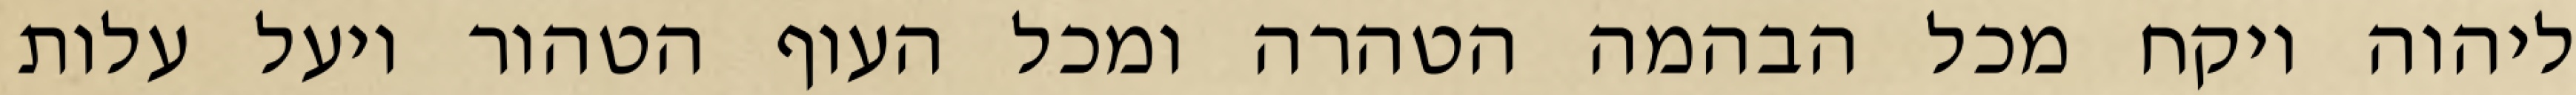
ליהוה ויקח מכל הבהמה הטהרה ומכל העוף הטהור ויעל עלות